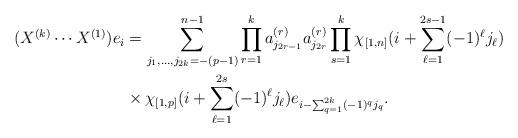
LaTeX: \begin{align*} ( X^{(k)} \cdots X^{(1)})e_i &= \sum_{j_{1}, \ldots, j_{2k}=-(p-1)}^{n-1} \prod_{r=1}^{k} a^{(r)}_{j_{2r-1}} a^{(r)}_{j_{2r}} \prod_{s=1}^{k} \chi_{[1,n]}(i+\sum_{\ell=1}^{2s-1} (-1)^\ell j_\ell) \\ & \times \chi_{[1,p]}(i+\sum_{\ell=1}^{2s} (-1)^\ell j_\ell ) e_{i-\sum_{q=1}^{2k}(-1)^{q} j_{q}}.\end{align*}